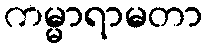
ကမ္မာရာမတာ